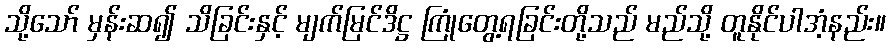
သို့သော် မှန်းဆ၍ သိခြင်းနှင့် မျက်မြင်ဒိဋ္ဌ ကြုံတွေ့ရခြင်းတို့သည် မည်သို့ တူနိုင်ပါအံ့နည်း။